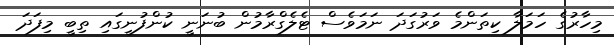
މިހާރުގެ ހަމަލާ ކިތަންމެ ވަރުގަދަ ނަމަވެސް ޓެލެގްރާމުން ބުނަނީ ކުންފުނީގައި ތިބީ މިފަދަ